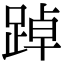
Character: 踔